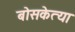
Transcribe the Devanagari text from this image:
बोसकेत्या